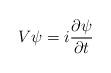
LaTeX: \begin{align*}V \psi = i\frac{\partial\psi}{\partial t} \end{align*}